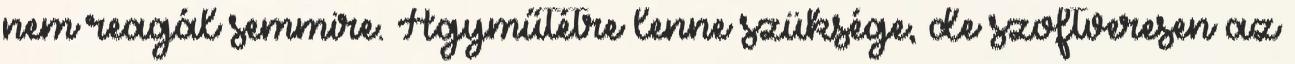
nem reagál semmire. Agyműtétre lenne szüksége, de szoftveresen az